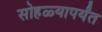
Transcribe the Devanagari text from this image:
सोहळ्यापर्यंत